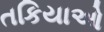
તકિયાઓ